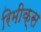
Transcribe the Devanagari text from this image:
रिमीक्स